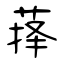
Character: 葀